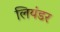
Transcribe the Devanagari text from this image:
लियंडर